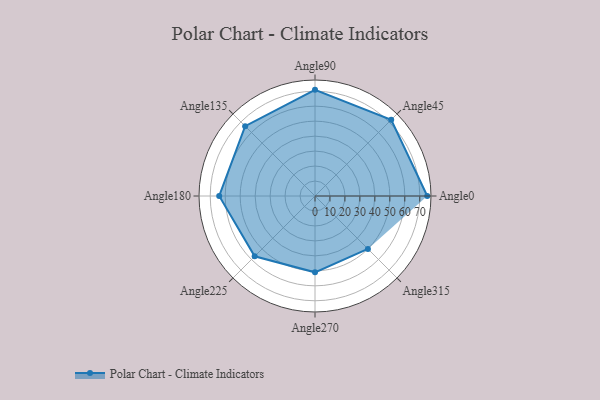
{"axis": {"x": "Angle", "y": "Radius"}, "legend": [""], "data": [{"x": "Angle0", "y": 75.0, "type": ""}, {"x": "Angle45", "y": 72.0, "type": ""}, {"x": "Angle90", "y": 71.0, "type": ""}, {"x": "Angle135", "y": 66.0, "type": ""}, {"x": "Angle180", "y": 64.0, "type": ""}, {"x": "Angle225", "y": 57.0, "type": ""}, {"x": "Angle270", "y": 51.0, "type": ""}, {"x": "Angle315", "y": 50, "type": ""}]}